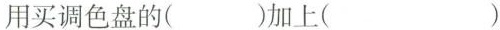
用买调色盘的( )加上( )